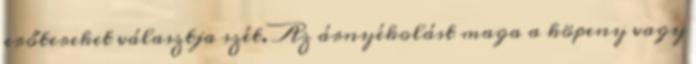
erőtereket választja szét. Az árnyékolást maga a köpeny vagy